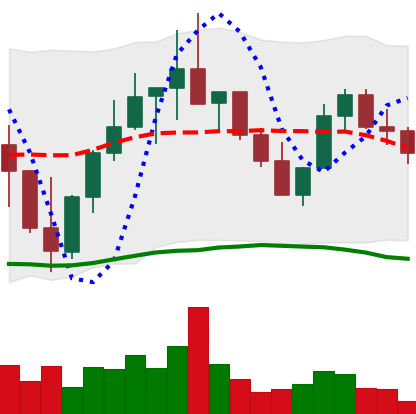
Ticker: LINK-USD
Chart end date: 2022-10-08
Forward return: -5.502%
Label: down_5_7